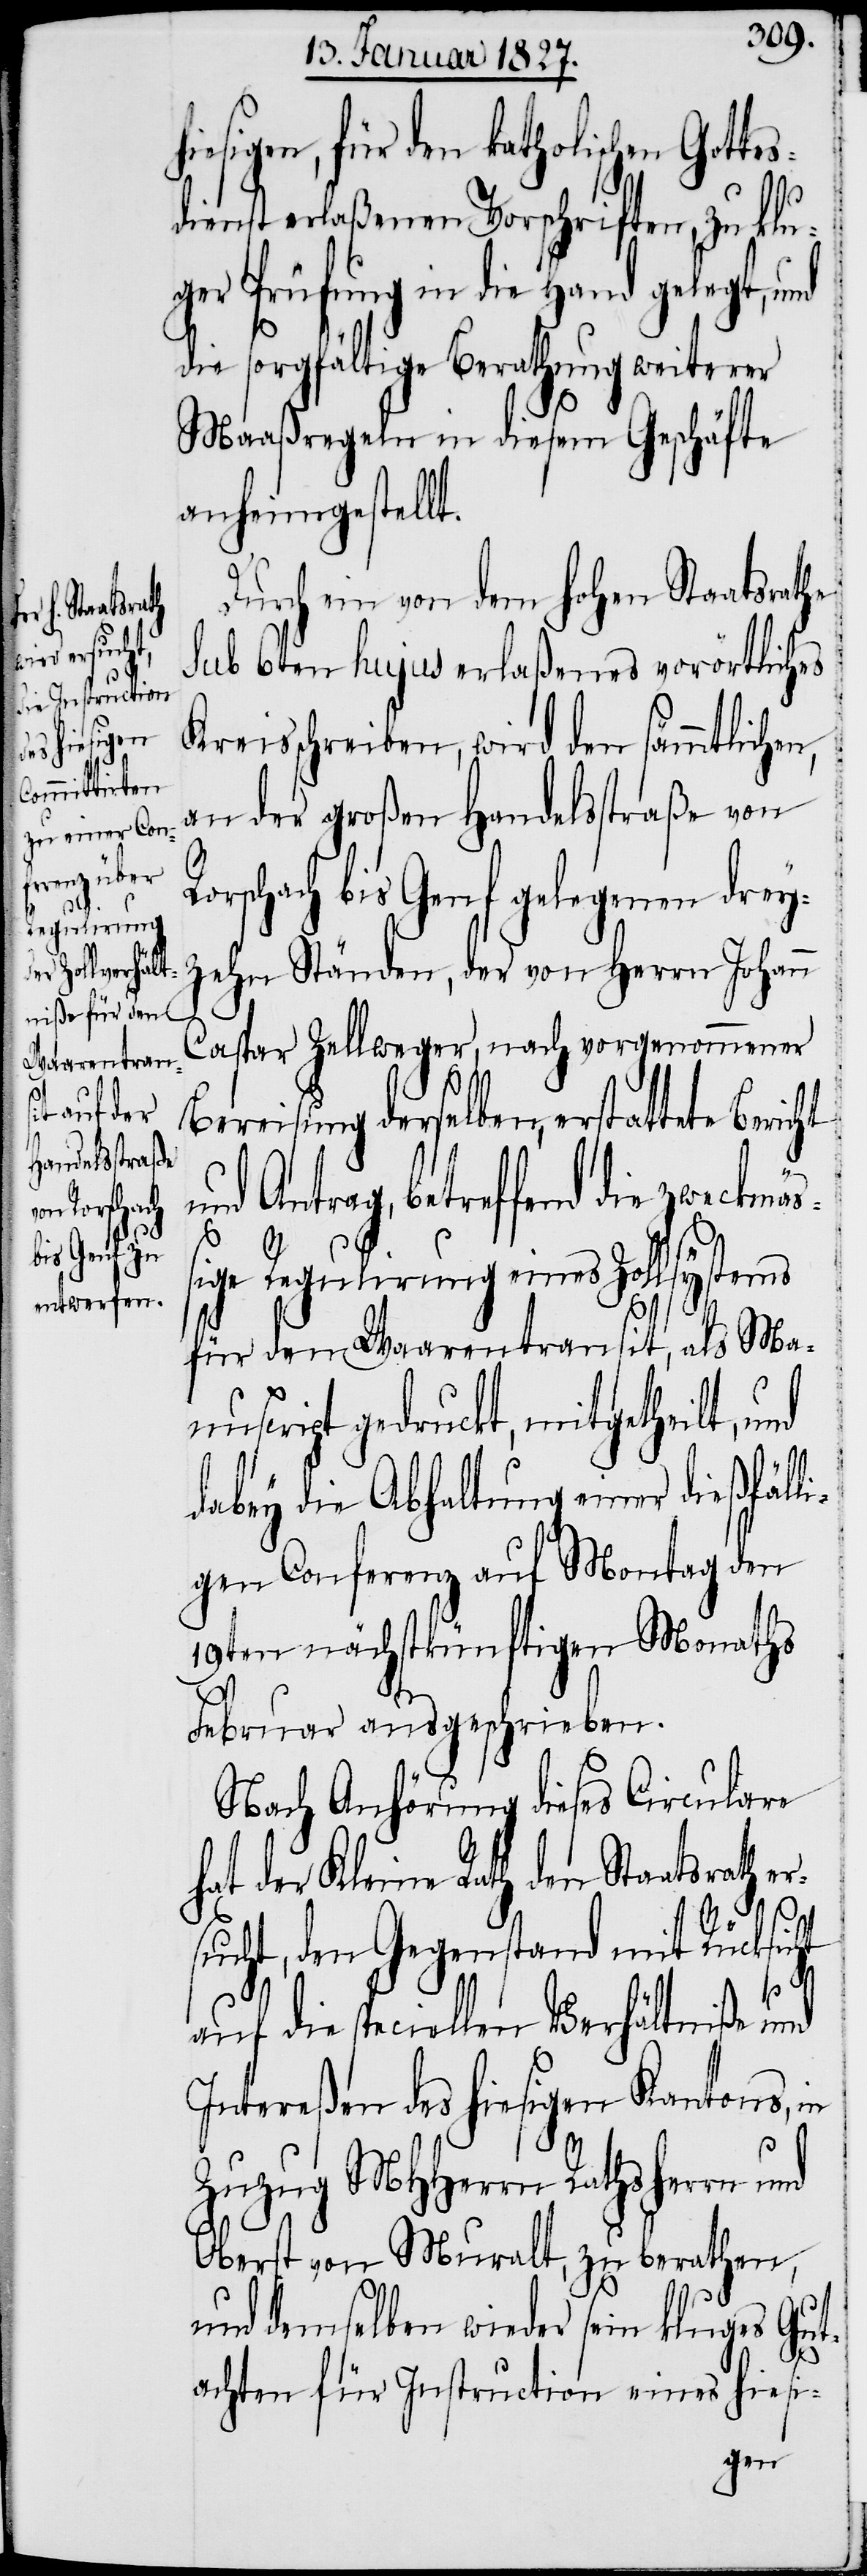
Bericht
nd

hiesigen, für den katholischen Gotte¬
s¬
dienst erlaßenen Vorschriften, zu klu¬
ger Prüfung in die Hand gelegt, und
die sorgfältige Berathung weiterer
Maaßregeln in diesem Geschäfte
anheimgestellt.
Durch ein von dem hohen Staatsrathe
sub 6ten hujus erlaßenes vorörtliches
Kreisschreiben, wird den sämmtliche¬
an der Großen Handelsstraße von
Rorschach bis Genf gelegenen drey¬
zehn Ständen, der von Herrn Johann
Caspar Zellweger, nach vorgenommener
Bereisung derselben, erstattete
nd Antrag, betreffend die zweckm¬
ige Regulirung eines Zollsystems
für den Waarentransit, als Ma¬
nuscript gedruckt, mitgetheilt, u¬
dabey die Abhaltung einer dießfäll¬
igen Conferenz auf Montag den
18ten nächstkünftigen Monaths
Februar ausgeschrieben.
Nach Anhörung dieses Circulare
hat der Kleine Rath den Staatsrath
sucht, den Gegenstand mit Rücksicht
auf die speciellen Verhältniße und
Intereßen des hiesigen Kantons, in
er¬
Zuzug MHHerrn Rathsherrn und
Oberst von Muralt, zu berathen,
und demselben wieder sein kluges Gut¬
achten für Instruction eines hiesi-